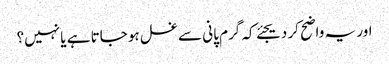
اور یہ واضح کر دیجئے کہ گرم پانی سے غسل ہو جاتا ہے یا نہیں؟